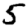
Digit: 5